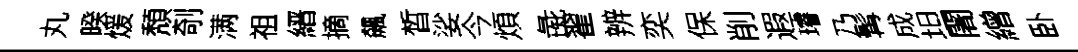
丸暌煖頽剞满祖縉摘飆晳娑今煩彘翟辨奕保削遐璿乃髯成坦闍繒卧